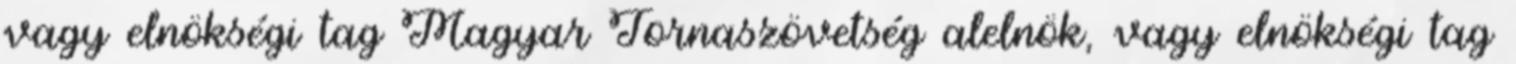
vagy elnökségi tag Magyar Tornaszövetség alelnök, vagy elnökségi tag